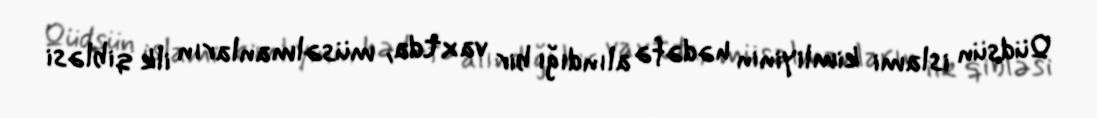
Qüdsün islami kimliyinin hədəfə alındığı bir vaxtda, müsəlmanların ilk qibləsi